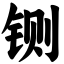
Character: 铡